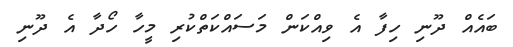
ބައެއް ދޫނި ހިފާ އެ ވިއްކަން މަސައްކަތްކުރި މީހާ ހޯދާ އެ ދޫނި